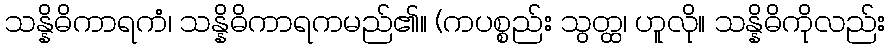
သန္နိဓိကာရကံ၊ သန္နိဓိကာရကမည်၏။ (ကပစ္စည်း သွတ္ထ၊ ဟူလို။ သန္နိဓိကိုလည်း